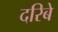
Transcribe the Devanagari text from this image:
दरिबे